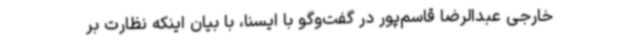
خارجی عبدالرضا قاسم‌پور در گفت‌وگو با ایسنا، با بیان اینکه نظارت بر